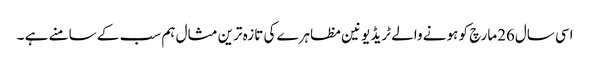
اسی سال26مارچ کو ہونے والے ٹریڈ یونین مظاہرے کی تازہ ترین مثال ہم سب کے سامنے ہے ۔